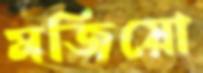
মজিয়ো